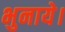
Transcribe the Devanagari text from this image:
भुनाये।